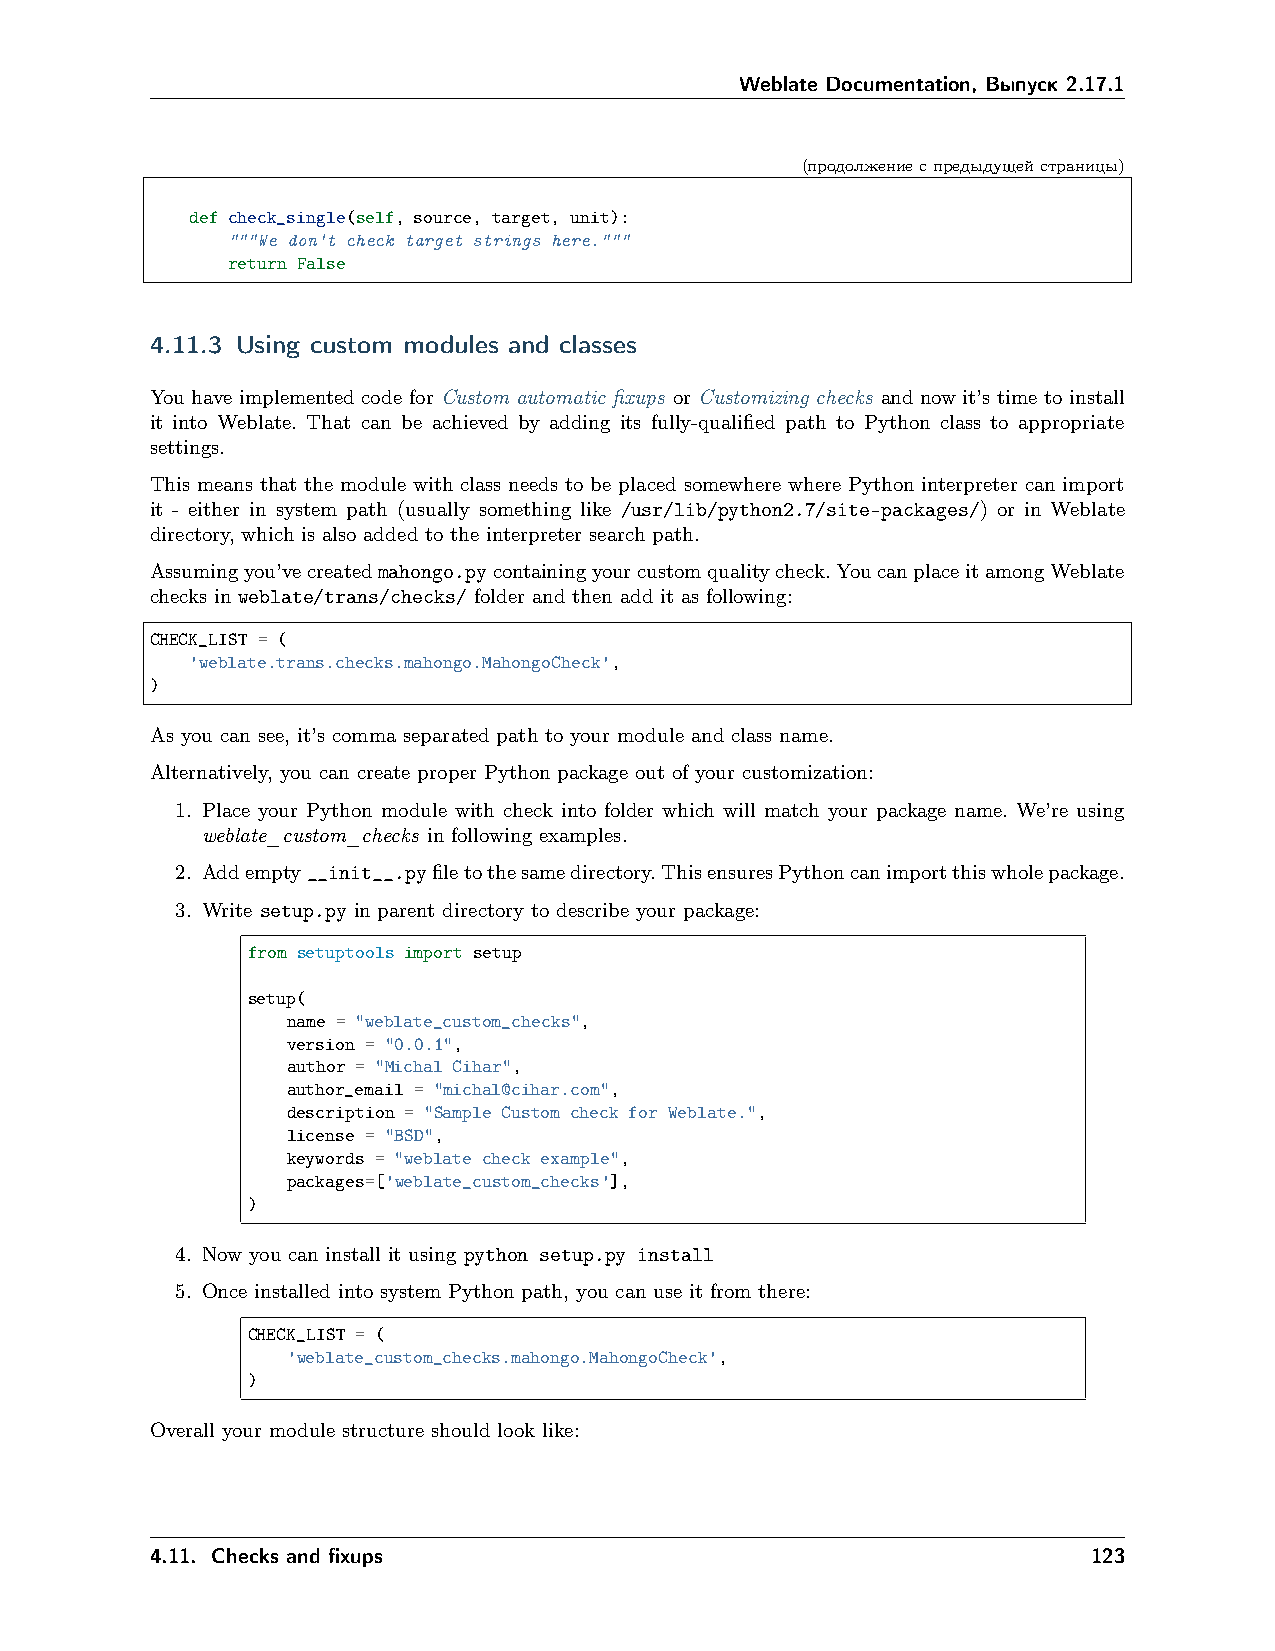
Weblate Documentation, Выпуск 2.17.1
 (продолжениеспредыдущейстраницы)
 def check_single(self, source, target, unit):
 """We don't check target strings here."""
 return False
 4.11.3 Using custom modules and classes
 You have implemented code for Custom automatic fixups or Customizing checks and now it’s time to install
 it into Weblate. That can be achieved by adding its fully-qualified path to Python class to appropriate
 settings.
 This means that the module with class needs to be placed somewhere where Python interpreter can import
 it - either in system path (usually something like /usr/lib/python2.7/site-packages/) or in Weblate
 directory, which is also added to the interpreter search path.
 Assumingyou’vecreatedmahongo.pycontainingyourcustomqualitycheck.YoucanplaceitamongWeblate
 checks in weblate/trans/checks/ folder and then add it as following:
 CHECK_LIST = (
 'weblate.trans.checks.mahongo.MahongoCheck',
 )
 As you can see, it’s comma separated path to your module and class name.
 Alternatively, you can create proper Python package out of your customization:
 1. Place your Python module with check into folder which will match your package name. We’re using
 weblate_custom_checks in following examples.
 2. Addempty__init__.pyfiletothesamedirectory.ThisensuresPythoncanimportthiswholepackage.
 3. Write setup.py in parent directory to describe your package:
 from setuptools import setup
 setup(
 name = "weblate_custom_checks",
 version = "0.0.1",
 author = "Michal Cihar",
 author_email = "michal@cihar.com",
 description = "Sample Custom check for Weblate.",
 license = "BSD",
 keywords = "weblate check example",
 packages=['weblate_custom_checks'],
 )
 4. Now you can install it using python setup.py install
 5. Once installed into system Python path, you can use it from there:
 CHECK_LIST = (
 'weblate_custom_checks.mahongo.MahongoCheck',
 )
 Overall your module structure should look like:
 4.11. Checks and fixups                                       123